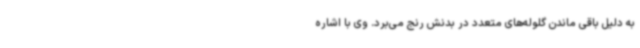
به دلیل باقی ماندن گلوله‌های متعدد در بدنش رنج می‌برد. وی با اشاره